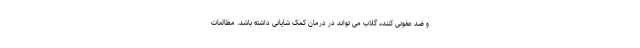
و ضد عفونی کننده گلاب می تواند در درمان کمک شایانی داشته باشد. مطالعات